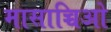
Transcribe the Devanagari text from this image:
मासाच्चिओ